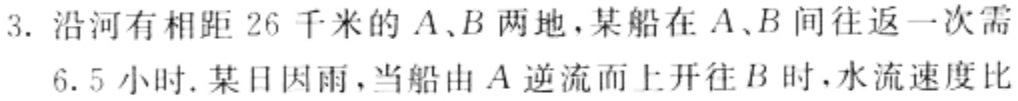
3. 沿河有相距 26 千米的 \(A、B\) 两地，某船在 \(A、B\) 间往返一次需
6.5 小时. 某日因雨，当船由 \(A\) 逆流而上开往 \(B\) 时，水流速度比